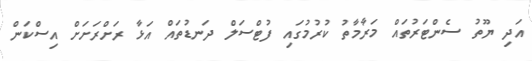
އަދި ޔޫތު ސެންޓަރުތައް މަރާމާތު ކުރުމުގައި ފުޓްސަލް ދަނޑުތައް އަޅާ ރަށްރަށަށް އިސްކަން